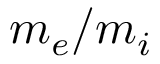
m _ { e } / m _ { i }